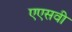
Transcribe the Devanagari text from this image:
एएसवी